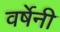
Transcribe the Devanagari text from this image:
वर्षेनी